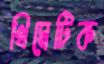
থিমেটিক